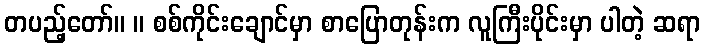
တပည့်တော်။ ။ စစ်ကိုင်းချောင်မှာ စာပြောတုန်းက လူကြီးပိုင်းမှာ ပါတဲ့ ဆရာ